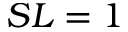
S L = 1